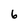
Character: 6